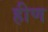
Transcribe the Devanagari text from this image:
हीण